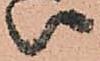
い